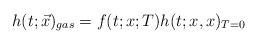
\begin{align*}h(t;\vec x)_{gas} = f(t;x;T)h(t;x,x)_{T=0}\end{align*}